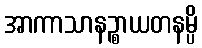
အာကာသာနဉ္စာယတနမ္ပိ